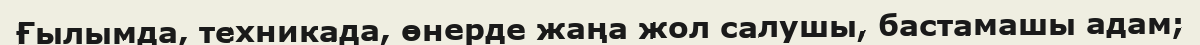
Ғылымда, техникада, өнерде жаңа жол салушы, бастамашы адам;